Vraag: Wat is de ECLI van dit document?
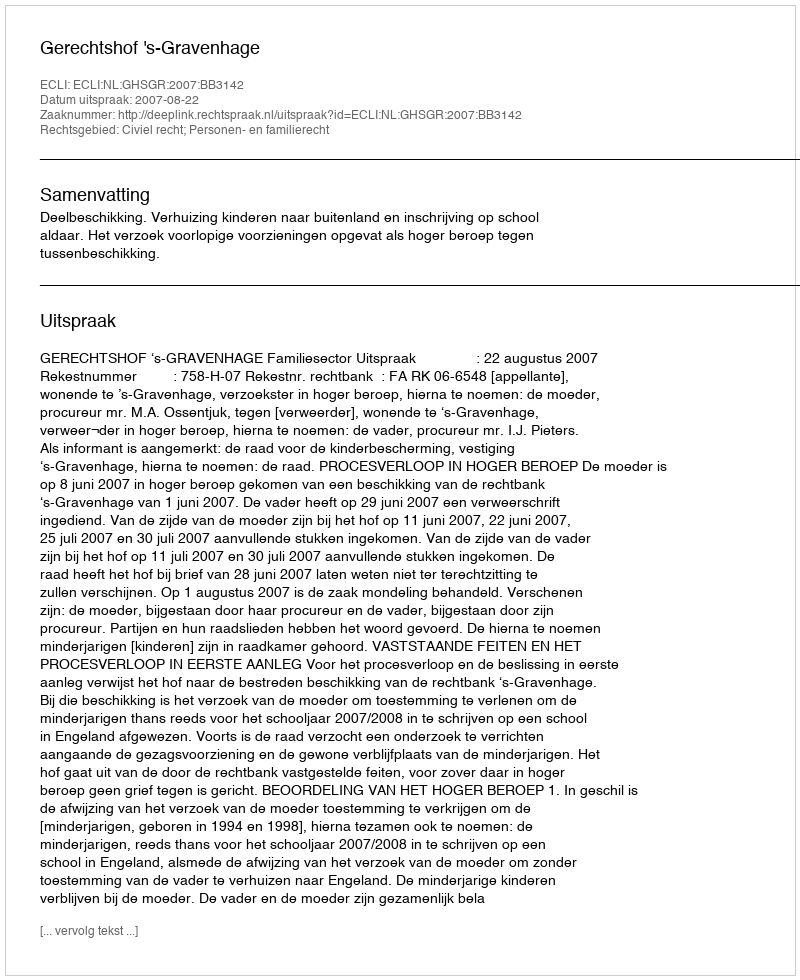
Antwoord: ECLI:NL:GHSGR:2007:BB3142